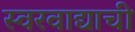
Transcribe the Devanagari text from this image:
स्वरवाद्याची